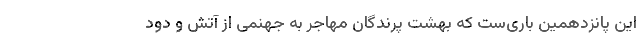
این پانزدهمین باری‌ست که بهشت پرندگان مهاجر به جهنمی از آتش و دود